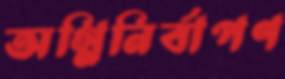
অগ্নিনির্বাপণ